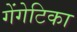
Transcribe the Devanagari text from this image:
गेंगेटिका